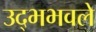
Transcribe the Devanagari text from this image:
उद्भभवले